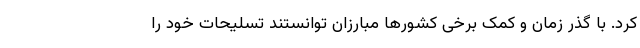
کرد. با گذر زمان و کمک برخی کشور‌ها مبارزان توانستند تسلیحات خود را